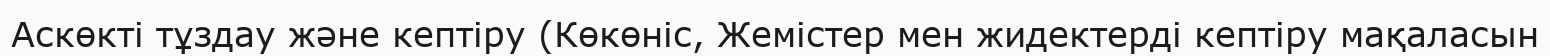
Аскөкті тұздау және кептіру (Көкөніс, Жемістер мен жидектерді кептіру мақаласын